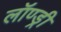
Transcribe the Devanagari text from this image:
लॉण्ड्री